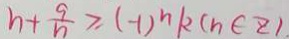
n + \frac { 9 } { n } \geq ( - 1 ) ^ { n } k ( n \in z )